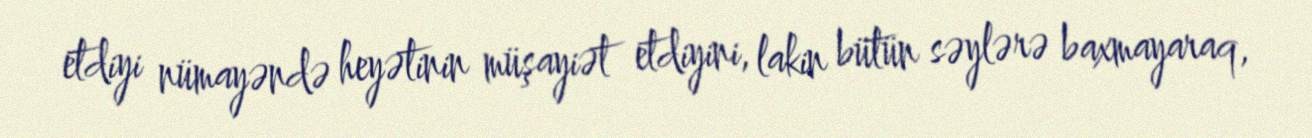
etdiyi nümayəndə heyətinin müşayiət etdiyini, lakin bütün səylərə baxmayaraq,